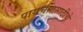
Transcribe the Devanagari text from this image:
पायचीतसाठीचे